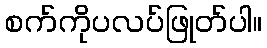
စက်ကိုပလပ်ဖြုတ်ပါ။